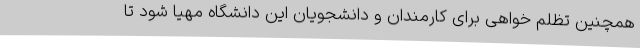
همچنین تظلم خواهی برای کارمندان و دانشجویان این دانشگاه مهیا شود تا